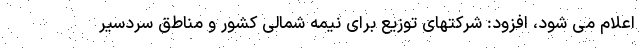
اعلام می شود، افزود: شرکتهای توزیع برای نیمه شمالی کشور و مناطق سردسیر